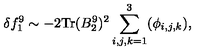
\delta f _ { 1 } ^ { 9 } \sim - 2 \mathrm { T r } ( B _ { 2 } ^ { 9 } ) ^ { 2 } \sum _ { i , j , k = 1 } ^ { 3 } ( \phi _ { i , j , k } ) ,